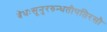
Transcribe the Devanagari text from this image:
वेधःसूनुररुन्धतीपतिरसौ